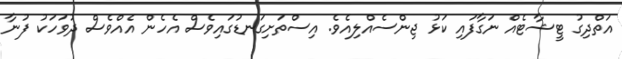
އަތްދިގު ޓީޝާޓެއް ނަގާފައި ކަޅު ޖިންސެއްލިއެވެ. އިސްތަށިގަނޑުގައިވެސް އެހެން އެއްވެސް ދުވަހަކު ފުނާ